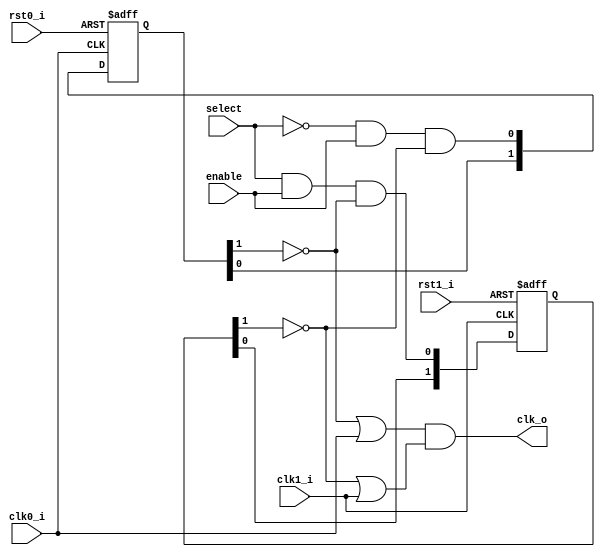
//////////////////////////////////////////////////////////////////////
////                                                              ////
//// clock_switch2_basic.v                                        ////
////                                                              ////
//// This file is part of the boundaries opencores effort.        ////
//// <http://www.opencores.org/cores/boundaries/>                 ////
////                                                              ////
//// Module Description:                                          ////
////                                                              ////
//// 1-of-2 glitchless clock switcher                             ////
////                                                              ////
//// The 2 clocks, enable, and select are assumed to be           ////
//// asynchronous.                                                ////
////                                                              ////
//// Selecting/deselecting a stopped clock is not handled.        ////
////                                                              ////
//// To Do:                                                       ////
//// Verify in silicon.                                           ////
////                                                              ////
//// Author(s):                                                   ////
//// - Shannon Hill                                               ////
//// (based on "Techniques to make clock switching glitch free"   ////
//// By Rafey Mahmud; EEdesign.com June 26, 2003)                 ////
////                                                              ////
//// http://www.eedesign.com/showArticle.jhtml?articleID=16501239 ////
////                                                              ////
//// (modified to use positive edge flops; to stall the output    ////
////  clock high).                                                ////
////                                                              ////
//////////////////////////////////////////////////////////////////////
////                                                              ////
//// Copyright (C) 2004 Shannon Hill and OPENCORES.ORG            ////
////                                                              ////
//// This source file may be used and distributed without         ////
//// restriction provided that this copyright statement is not    ////
//// removed from the file and that any derivative work contains  ////
//// the original copyright notice and the associated disclaimer. ////
////                                                              ////
//// This source file is free software; you can redistribute it   ////
//// and/or modify it under the terms of the GNU Lesser General   ////
//// Public License as published by the Free Software Foundation; ////
//// either version 2.1 of the License, or (at your option) any   ////
//// later version.                                               ////
////                                                              ////
//// This source is distributed in the hope that it will be       ////
//// useful, but WITHOUT ANY WARRANTY; without even the implied   ////
//// warranty of MERCHANTABILITY or FITNESS FOR A PARTICULAR      ////
//// PURPOSE. See the GNU Lesser General Public License for more  ////
//// details.                                                     ////
////                                                              ////
//// You should have received a copy of the GNU Lesser General    ////
//// Public License along with this source; if not, download it   ////
//// from <http://www.opencores.org/lgpl.shtml>                   ////
////                                                              ////
//////////////////////////////////////////////////////////////////////
//
// $Id: clock_switch2_basic.v,v 1.1 2004-07-07 12:41:17 esquehill Exp $
//
// CVS Revision History
//
// $Log: not supported by cvs2svn $
//
//
module clock_switch2_basic( /*AUTOARG*/
// Outputs
clk_o, 
// Inputs
rst0_i, clk0_i, rst1_i, clk1_i, enable, select
);

input     rst0_i;
input     clk0_i;

input     rst1_i;
input     clk1_i;

input     enable;  // start&stop the clock
input     select;  // select which source clock
output    clk_o;

wire      sel0 = ~select & enable;
wire      sel1 =  select & enable;

reg [1:0] ssync0; // selection synchronizers
reg [1:0] ssync1;

always @( posedge clk0_i or posedge rst0_i)
if( rst0_i )
     ssync0 <=   2'b0;
else ssync0 <= { ssync0[0] , (sel0 & ~ssync1[1] ) }; // async input

always @( posedge clk1_i or posedge rst1_i)
if( rst1_i )
     ssync1 <=   2'b0;
else ssync1 <= { ssync1[0] , (sel1 & ~ssync0[1] ) }; // async input

wire gclk0  = ~ssync0[1] | clk0_i; // forced 1 when not selected
wire gclk1  = ~ssync1[1] | clk1_i; // forced 1 when not selected

wire clk_o =   gclk0 & gclk1;      // clock stalls high

endmodule